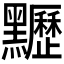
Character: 𪓀